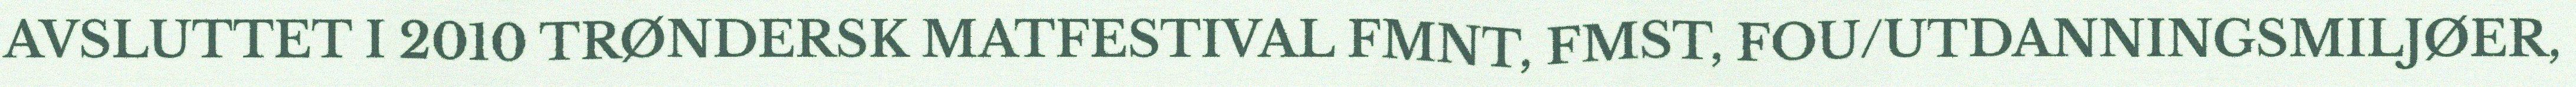
AVSLUTTET I 2010 TRØNDERSK MATFESTIVAL FMNT, FMST, FOU/UTDANNINGSMILJØER,